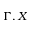
\Gamma , X